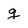
Character: g